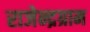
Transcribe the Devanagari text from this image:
राजेन्द्रग्राम